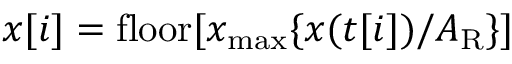
x [ i ] = \mathrm { f l o o r } [ x _ { \mathrm { m a x } } \{ x ( t [ i ] ) / A _ { \mathrm { R } } \} ]